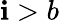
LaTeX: \mathbf{i}>b